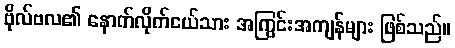
ဗိုလ်ဗလ၏ နောက်လိုက်ငယ်သား အကြွင်းအကျန်များ ဖြစ်သည်။